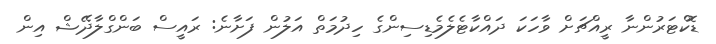
ޑޮކްޓަރުންނާ ރީއްޗަށް ވާހަކަ ދައްކާޓެލެމެޑިސިންގެ ހިދުމަތް އަލުން ފަށާނެ: ރައީސް ބަންގްލާދޭޝް އިން